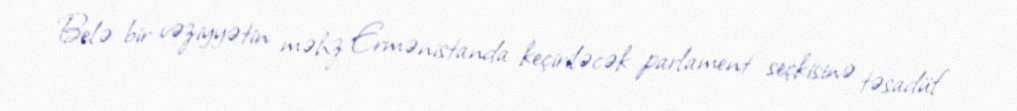
Belə bir vəziyyətin məhz Ermənistanda keçiriləcək parlament seçkisinə təsadüf